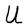
Character: U